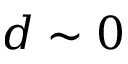
d \sim 0